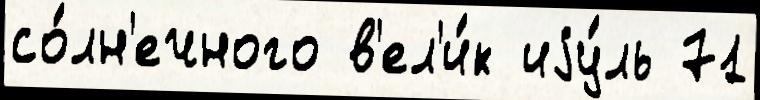
со́лн'ечного в'ел'и́к иjу́ль 71